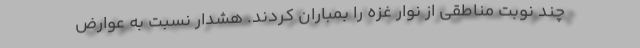
چند نوبت مناطقی از نوار غزه را بمباران کردند. هشدار نسبت به عوارض